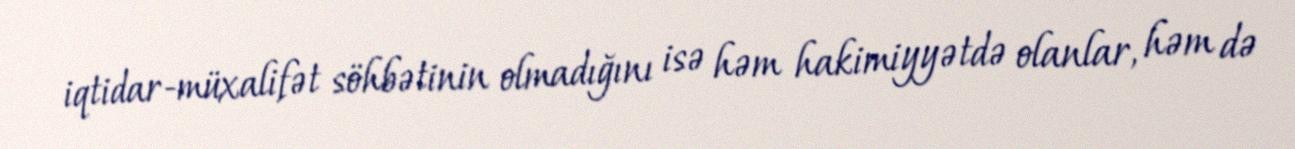
iqtidar-müxalifət söhbətinin olmadığını isə həm hakimiyyətdə olanlar, həm də